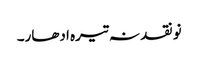
نو نقد نہ تیرہ ادھار۔